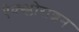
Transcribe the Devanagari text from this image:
ऐक्स्प्लोराशन